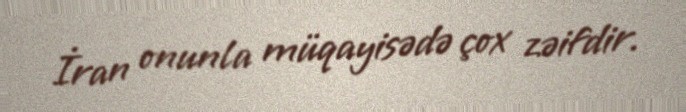
İran onunla müqayisədə çox zəifdir.